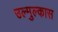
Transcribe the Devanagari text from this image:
उल्मुल्कास